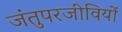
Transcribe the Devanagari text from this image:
जंतुपरजीवियों